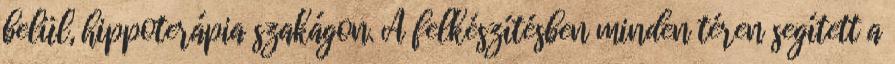
belül, hippoterápia szakágon. A felkészítésben minden téren segített a